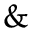
\&